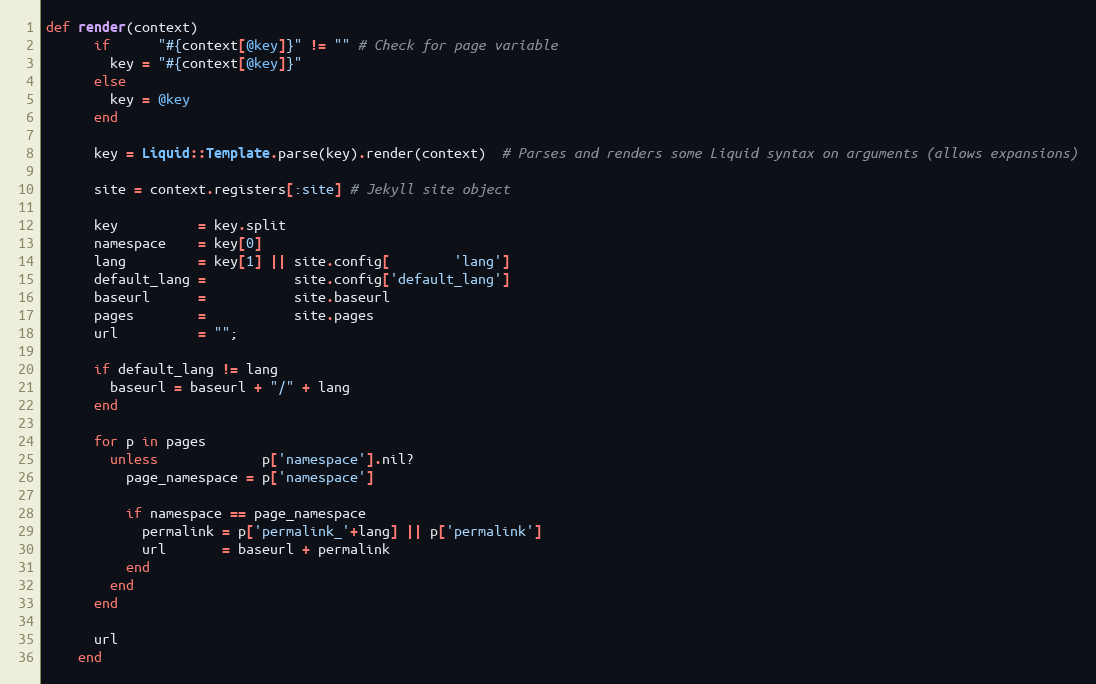
Language: Ruby
def render(context)
      if      "#{context[@key]}" != "" # Check for page variable
        key = "#{context[@key]}"
      else
        key = @key
      end

      key = Liquid::Template.parse(key).render(context)  # Parses and renders some Liquid syntax on arguments (allows expansions)

      site = context.registers[:site] # Jekyll site object

      key          = key.split
      namespace    = key[0]
      lang         = key[1] || site.config[        'lang']
      default_lang =           site.config['default_lang']
      baseurl      =           site.baseurl
      pages        =           site.pages
      url          = "";

      if default_lang != lang
        baseurl = baseurl + "/" + lang
      end

      for p in pages
        unless             p['namespace'].nil?
          page_namespace = p['namespace']

          if namespace == page_namespace
            permalink = p['permalink_'+lang] || p['permalink']
            url       = baseurl + permalink
          end
        end
      end

      url
    end